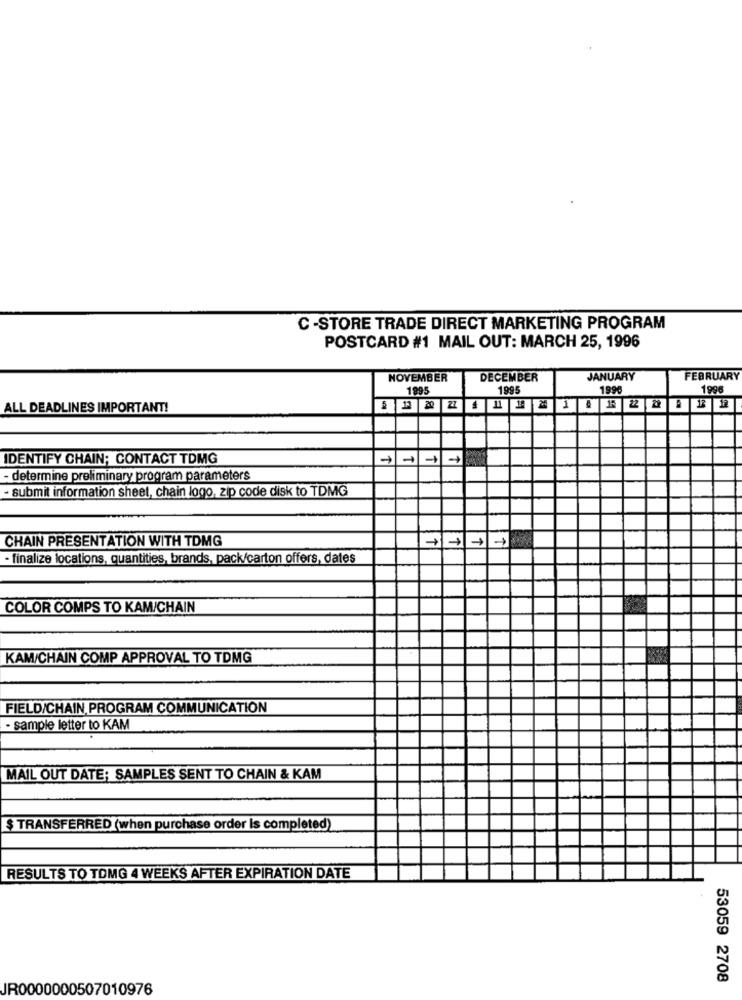
C-STORE TRADE DIRECT MARKETING PROGRAM
POSTCARD #1 MAIL OUT: MARCH 25, 1996
NOVEMBER
DECEMBER
JANUARY
FEBRUARY
1995
1995
1990
1996
ALL DEADLINES IMPORTANT!
IDENTIFY CHAIN; CONTACT TDMG
- determine preliminary program parameters
- submit information sheet, chain logo, zip code disk to TDMG
CHAIN PRESENTATION WITH TDMG
- finalize locations, quantities, brands, pack/carton offers, dates
COLOR COMPS TO KAM/CHAIN
KAM/CHAIN COMP APPROVAL TO TDMG
FIELD/CHAIN PROGRAM COMMUNICATION
- sample letter to KAM
MAIL OUT DATE: SAMPLES SENT TO CHAIN & KAM
$ TRANSFERRED (when purchase order Is completed)
RESULTS TO TOMG 4 WEEKS AFTER EXPIRATION DATE
53059 2708
JR0000000507010976